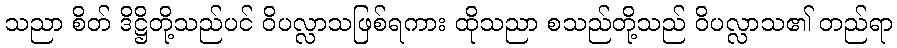
သညာ စိတ် ဒိဋ္ဌိတို့သည်ပင် ဝိပလ္လာသဖြစ်ရကား ထိုသညာ စသည်တို့သည် ဝိပလ္လာသ၏ တည်ရာ